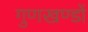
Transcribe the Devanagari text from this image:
गुणखण्डों